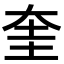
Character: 奎